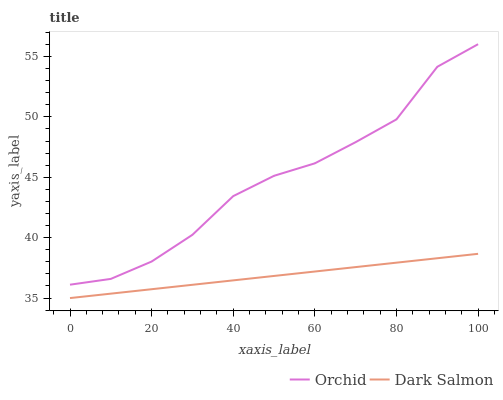
| xaxis_label | Orchid | Dark Salmon |
 | --- | --- | --- |
 | 0 | 36.1 | 35 |
 | 10 | 36.6 | 35.4 |
 | 20 | 38 | 35.7 |
 | 30 | 40.2 | 36.1 |
 | 40 | 43.4 | 36.5 |
 | 50 | 45.1 | 36.8 |
 | 60 | 46.2 | 37.2 |
 | 70 | 47.9 | 37.6 |
 | 80 | 49.8 | 37.9 |
 | 90 | 54.1 | 38.3 |
 | 100 | 56 | 38.7 |